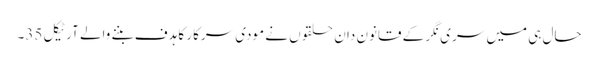
حال ہی میں سری نگر کے قانون دان حلقوں نے مودی سرکار کا ہدف بننے والے آرٹیکل 35۔